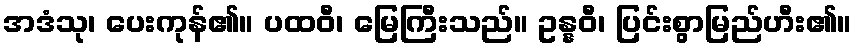
အဒံသု၊ ပေးကုန်၏။ ပထဝီ၊ မြေကြီးသည်။ ဥန္နဝီ၊ ပြင်းစွာမြည်ဟီး၏။